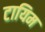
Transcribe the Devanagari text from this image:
टायिम